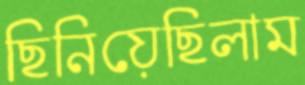
ছিনিয়েছিলাম